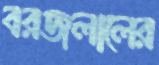
বরজলালের